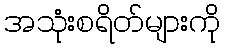
အသုံးစရိတ်များကို